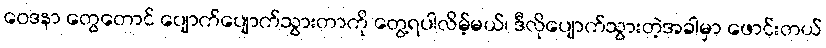
ဝေဒနာ တွေတောင် ပျောက်ပျောက်သွားတာကို တွေ့ရပါလိမ့်မယ်၊ ဒီလိုပျောက်သွားတဲ့အခါမှာ ဖောင်းတယ်